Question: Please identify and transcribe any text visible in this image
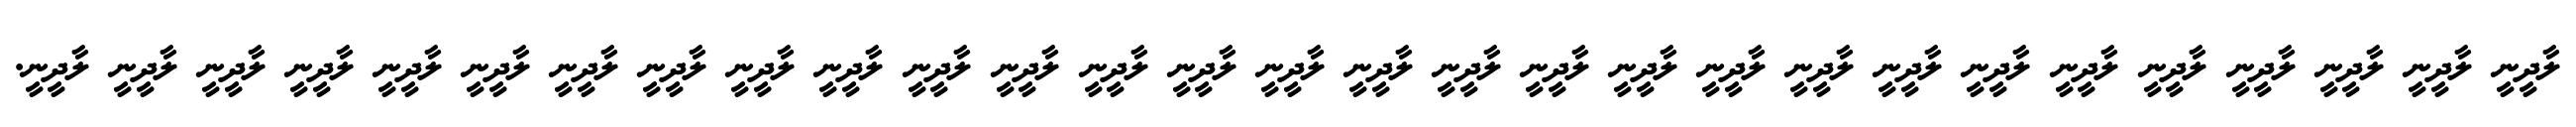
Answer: ލާދީނީ ލާދީނީ ލާދީނީ ލާދީނީ ލާދީނީ ލާދީނީ ލާދީނީ ލާދީނީ ލާދީނީ ލާދީނީ ލާދީނީ ލާދީނީ ލާދީނީ ލާދީނީ ލާދީނީ ލާދީނީ ލާދީނީ ލާދީނީ ލާދީނީ ލާދީނީ ލާދީނީ ލާދީނީ ލާދީނީ ލާދީނީ ލާދީނީ ލާދީނީ ލާދީނީ ލާދީނީ ލާދީނީ.